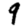
Digit: 9